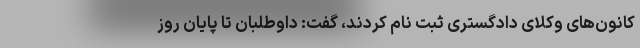
کانون‌های وکلای دادگستری ثبت نام کردند، گفت: داوطلبان تا پایان روز